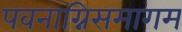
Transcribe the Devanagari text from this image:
पवनाग्निसमागम